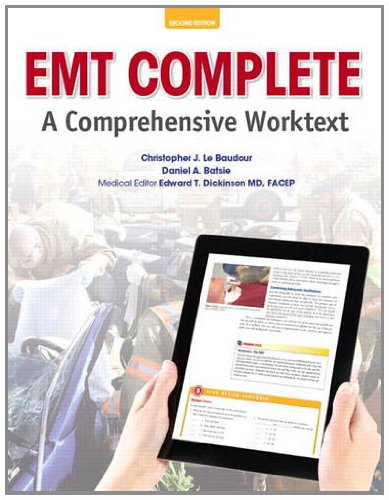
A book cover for EMT Complete: A Comprehensive Worktext (2nd Edition); Chris Le Baudour; Medical Books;